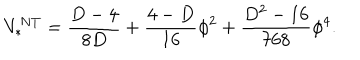
V _ { * } ^ { N T } = \frac { D - 4 } { 8 D } + \frac { 4 - D } { 1 6 } \phi ^ { 2 } + \frac { D ^ { 2 } - 1 6 } { 7 6 8 } \phi ^ { 4 } .